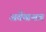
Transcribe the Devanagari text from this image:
अर्तेखशत्र